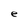
Character: e